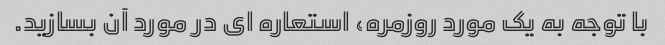
با توجه به یک مورد روزمره، استعاره ای در مورد آن بسازید.